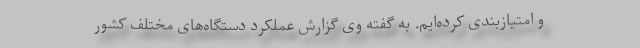
و امتیازبندی کرده‌ایم. به گفته وی گزارش عملکرد دستگاه‌های مختلف کشور